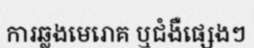
ការឆ្លងមេរោគ ឬជំងឺផ្សេងៗ